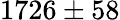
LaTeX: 1726\pm 58